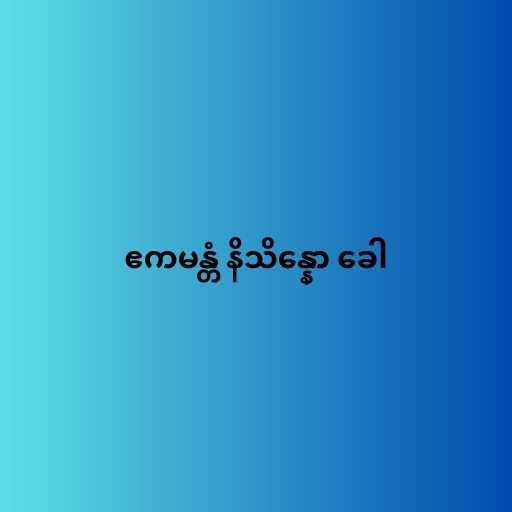
ဧကမန္တံ နိသိန္နော ခေါ